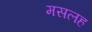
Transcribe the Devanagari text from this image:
मसलह